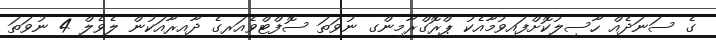
ގެ ސަނަދެއް ހާސިލުކޮށްފައިވުމާއެކު ޕްރޮގްރާމިންގ ނުވަތަ ސޮފްޓްވެއަރގެ ދާއިރާއަކުން ލެވެލް 4 ނުވަތަ